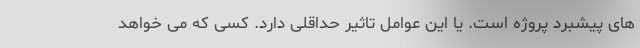
های پیشبرد پروژه است. یا این عوامل تاثیر حداقلی دارد. کسی که می خواهد